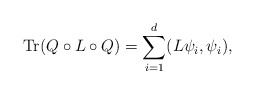
\begin{align*}\operatorname{Tr}(Q\circ L\circ Q)=\sum_{i=1}^d(L\psi_i,\psi_i),\end{align*}